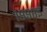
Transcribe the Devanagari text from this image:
१९९८इ